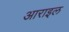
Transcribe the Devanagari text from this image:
आराइल